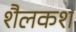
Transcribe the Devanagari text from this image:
शैलकश